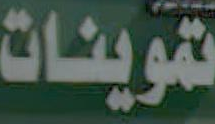
تموينات